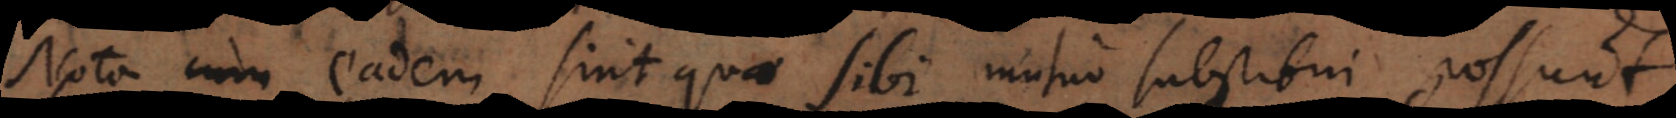
Nota cum eadem sint quae sibi mutuo substitui possunt